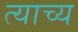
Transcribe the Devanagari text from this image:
त्याच्य